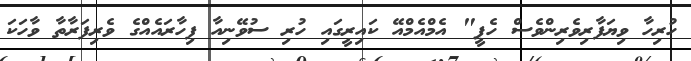
ހުރިހާ ވިޔަފާރިވެރިންވެސް ހެޕީ" އެމްއެމްއޭ ކައިރީގައި ހުރި ސުވޭނިއާ ފިހާރައެއްގެ ވެރިފަރާތާ ވާހަކަ